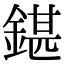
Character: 鍖